Bréfritari: Benedikt Hálfdanarson
Dagsetning: A-1892-01-28
Skrifað á: Vesturheimi

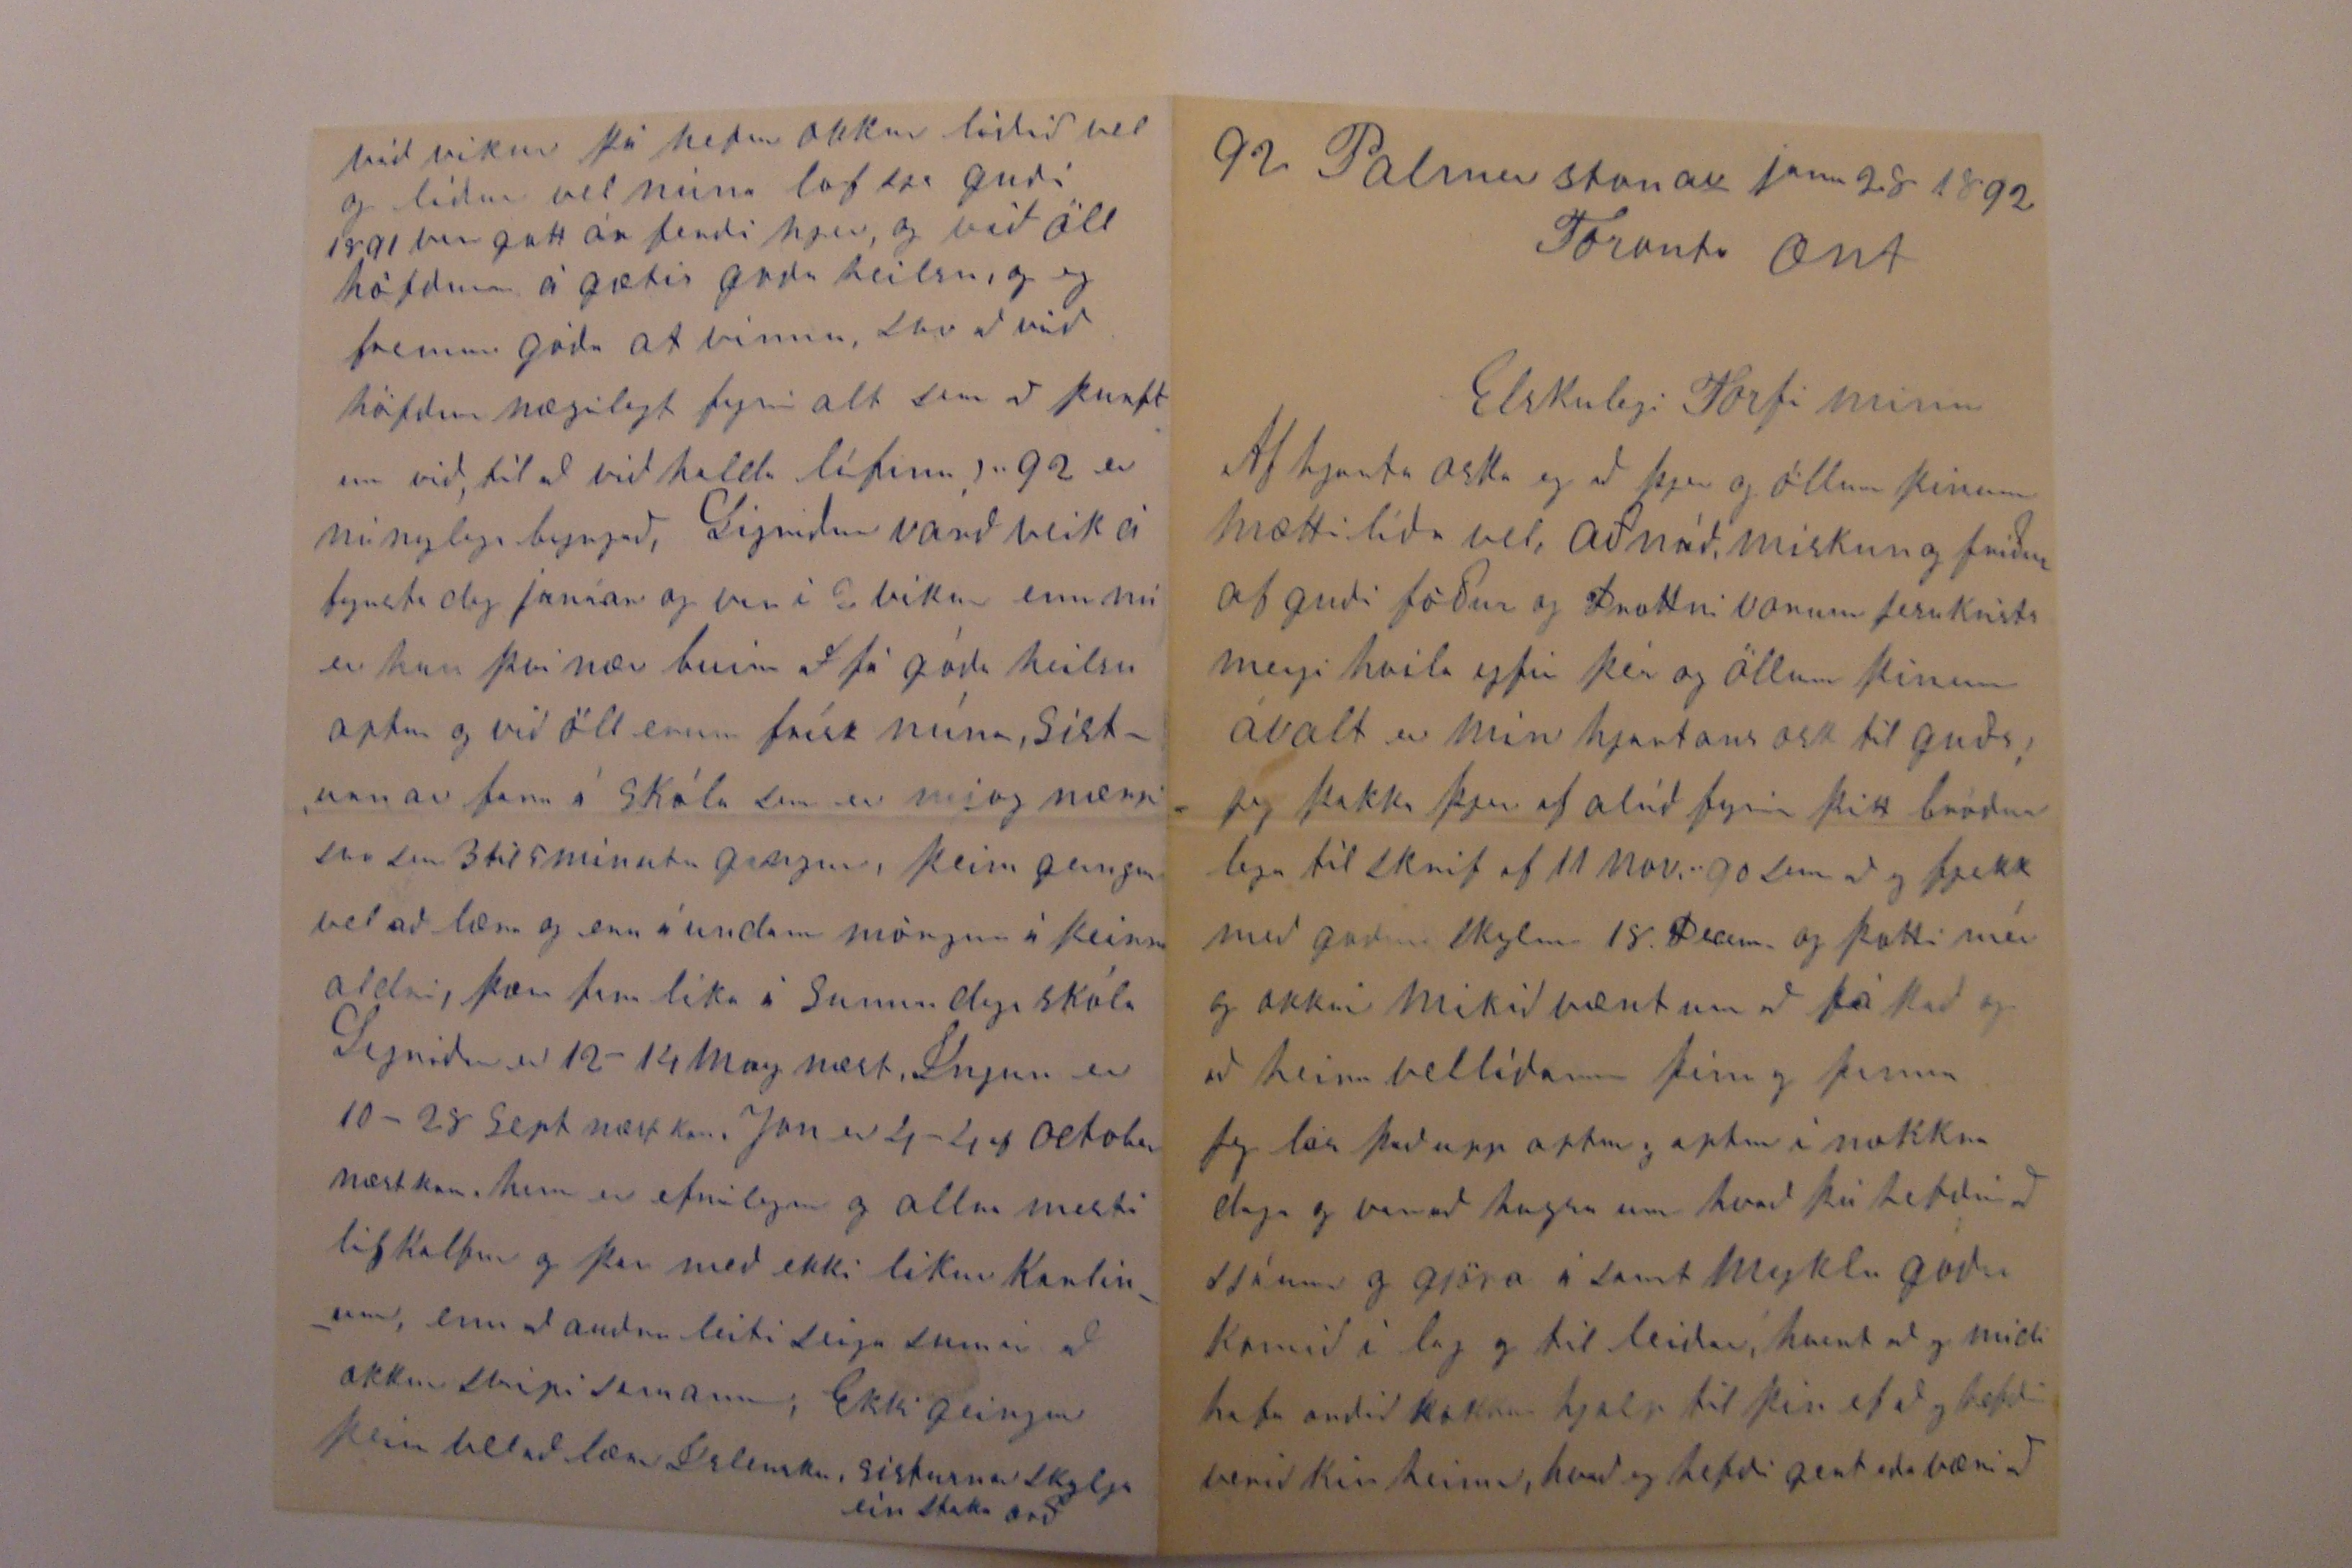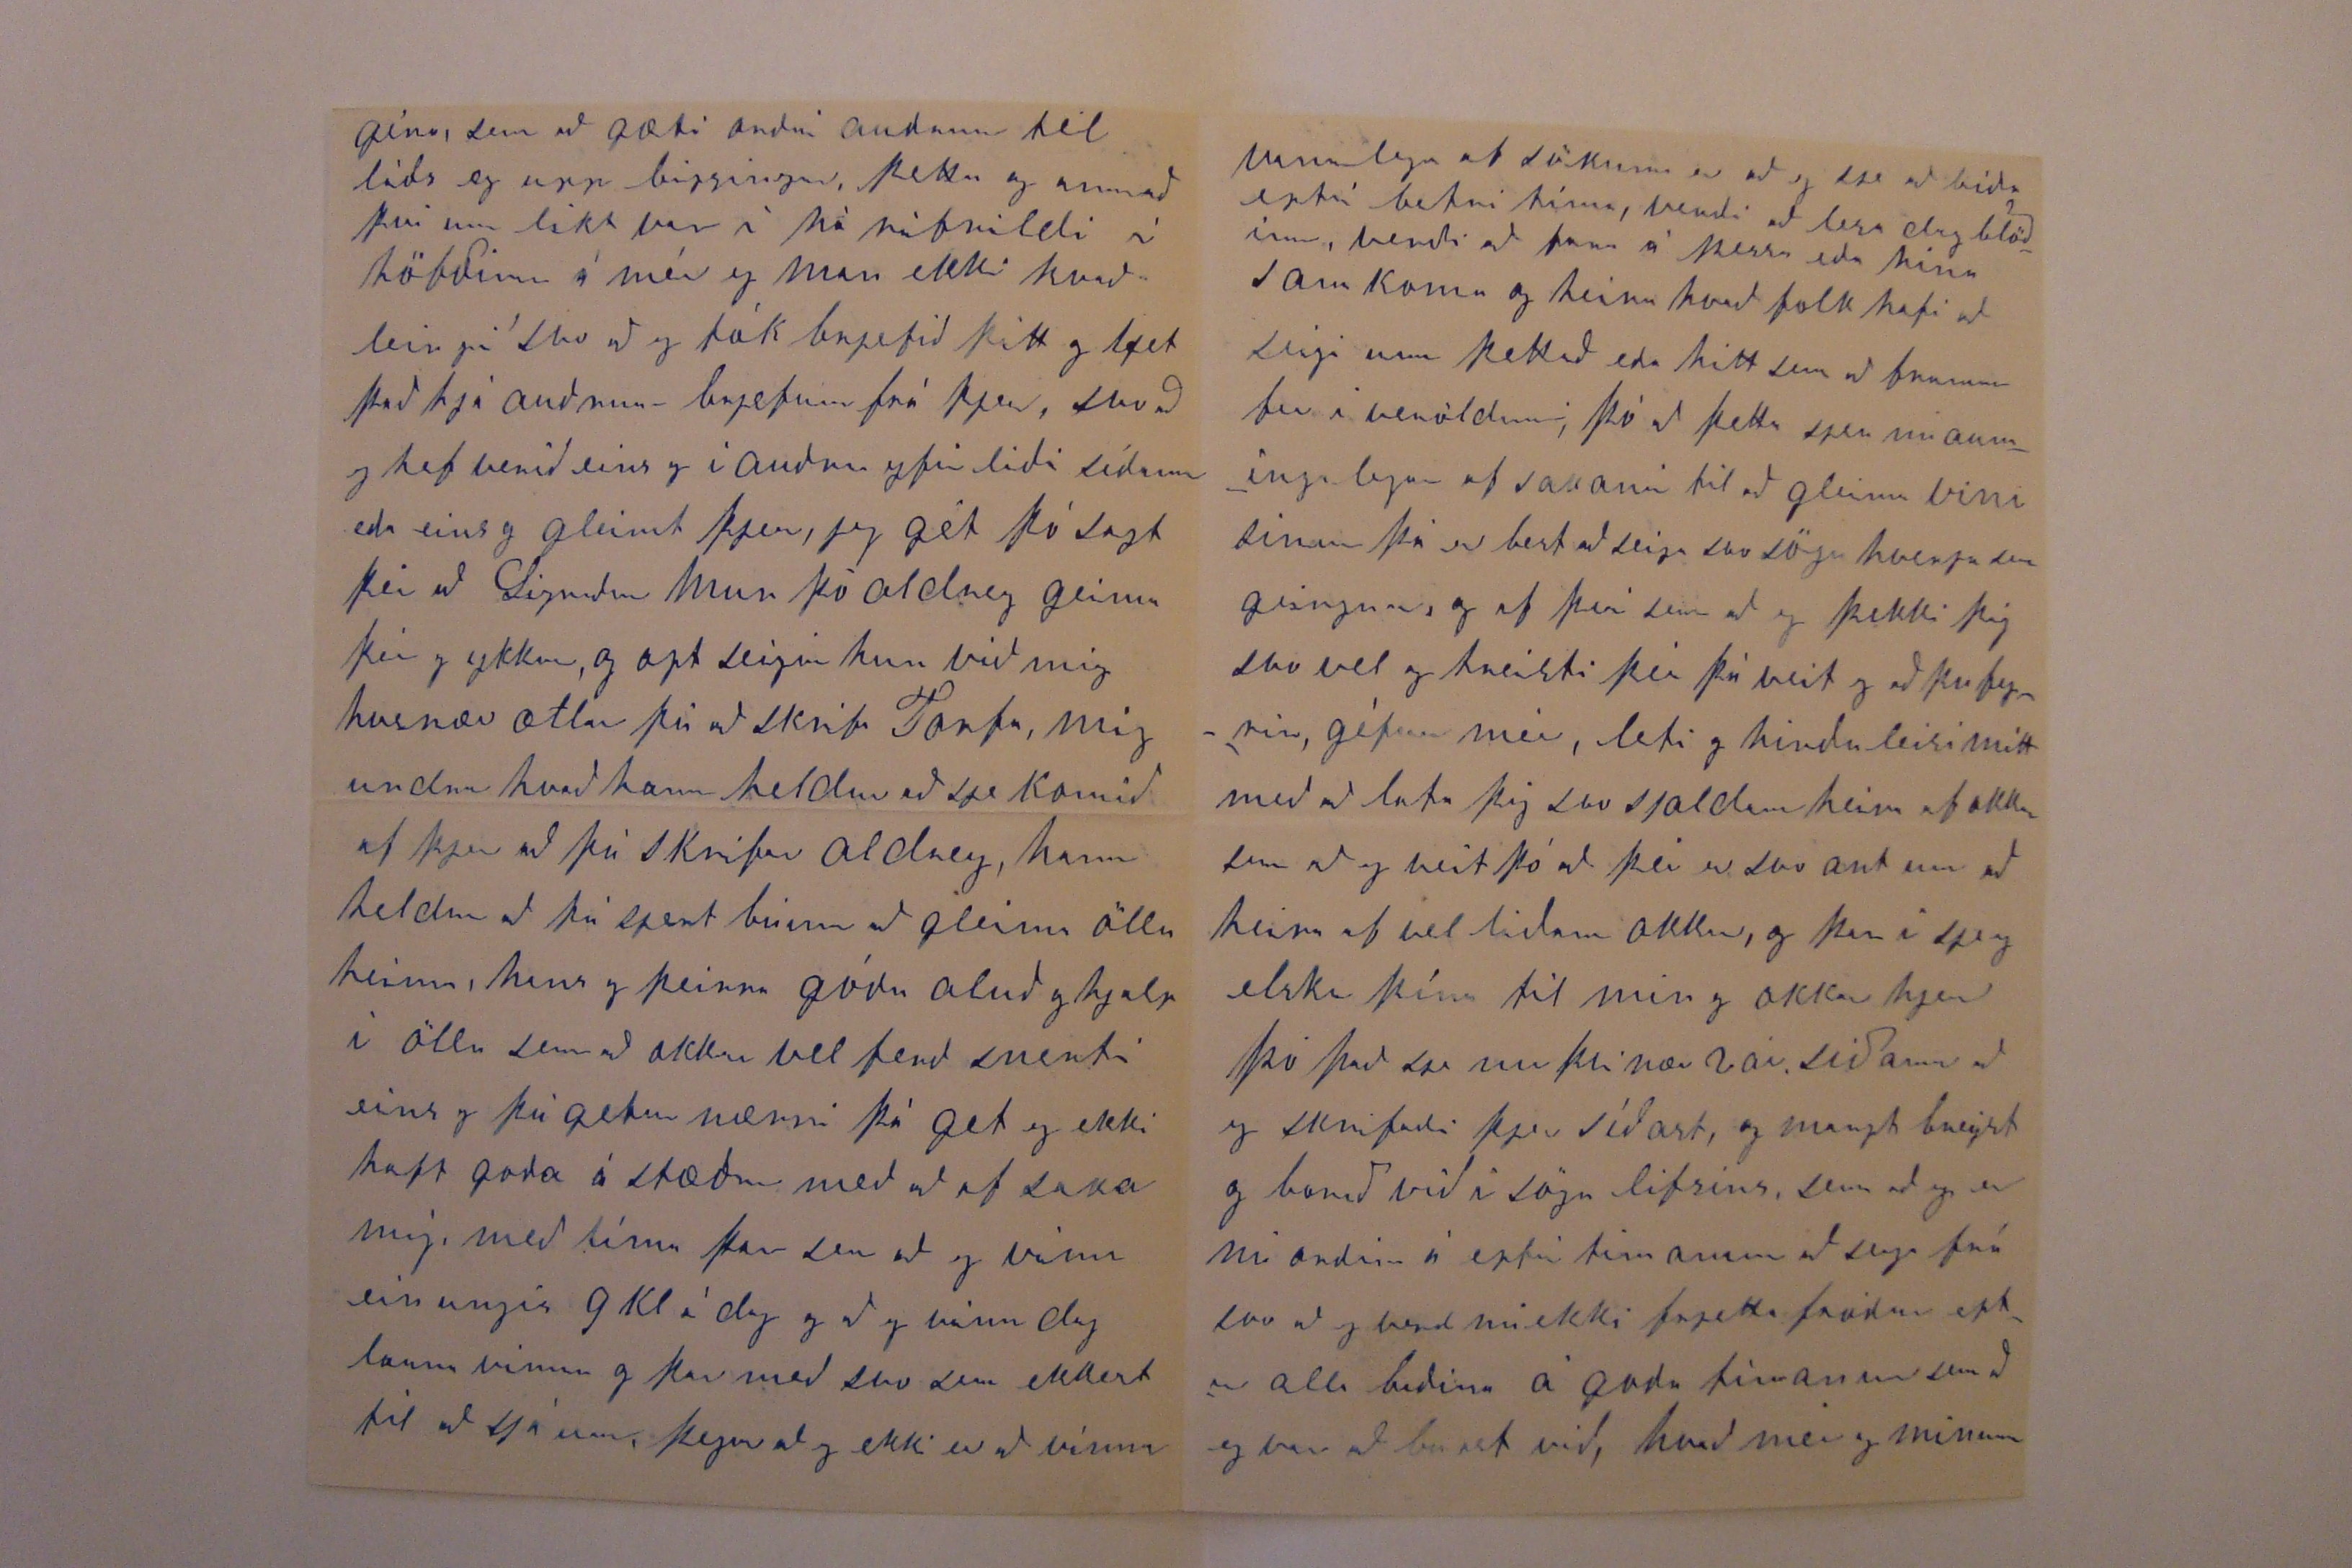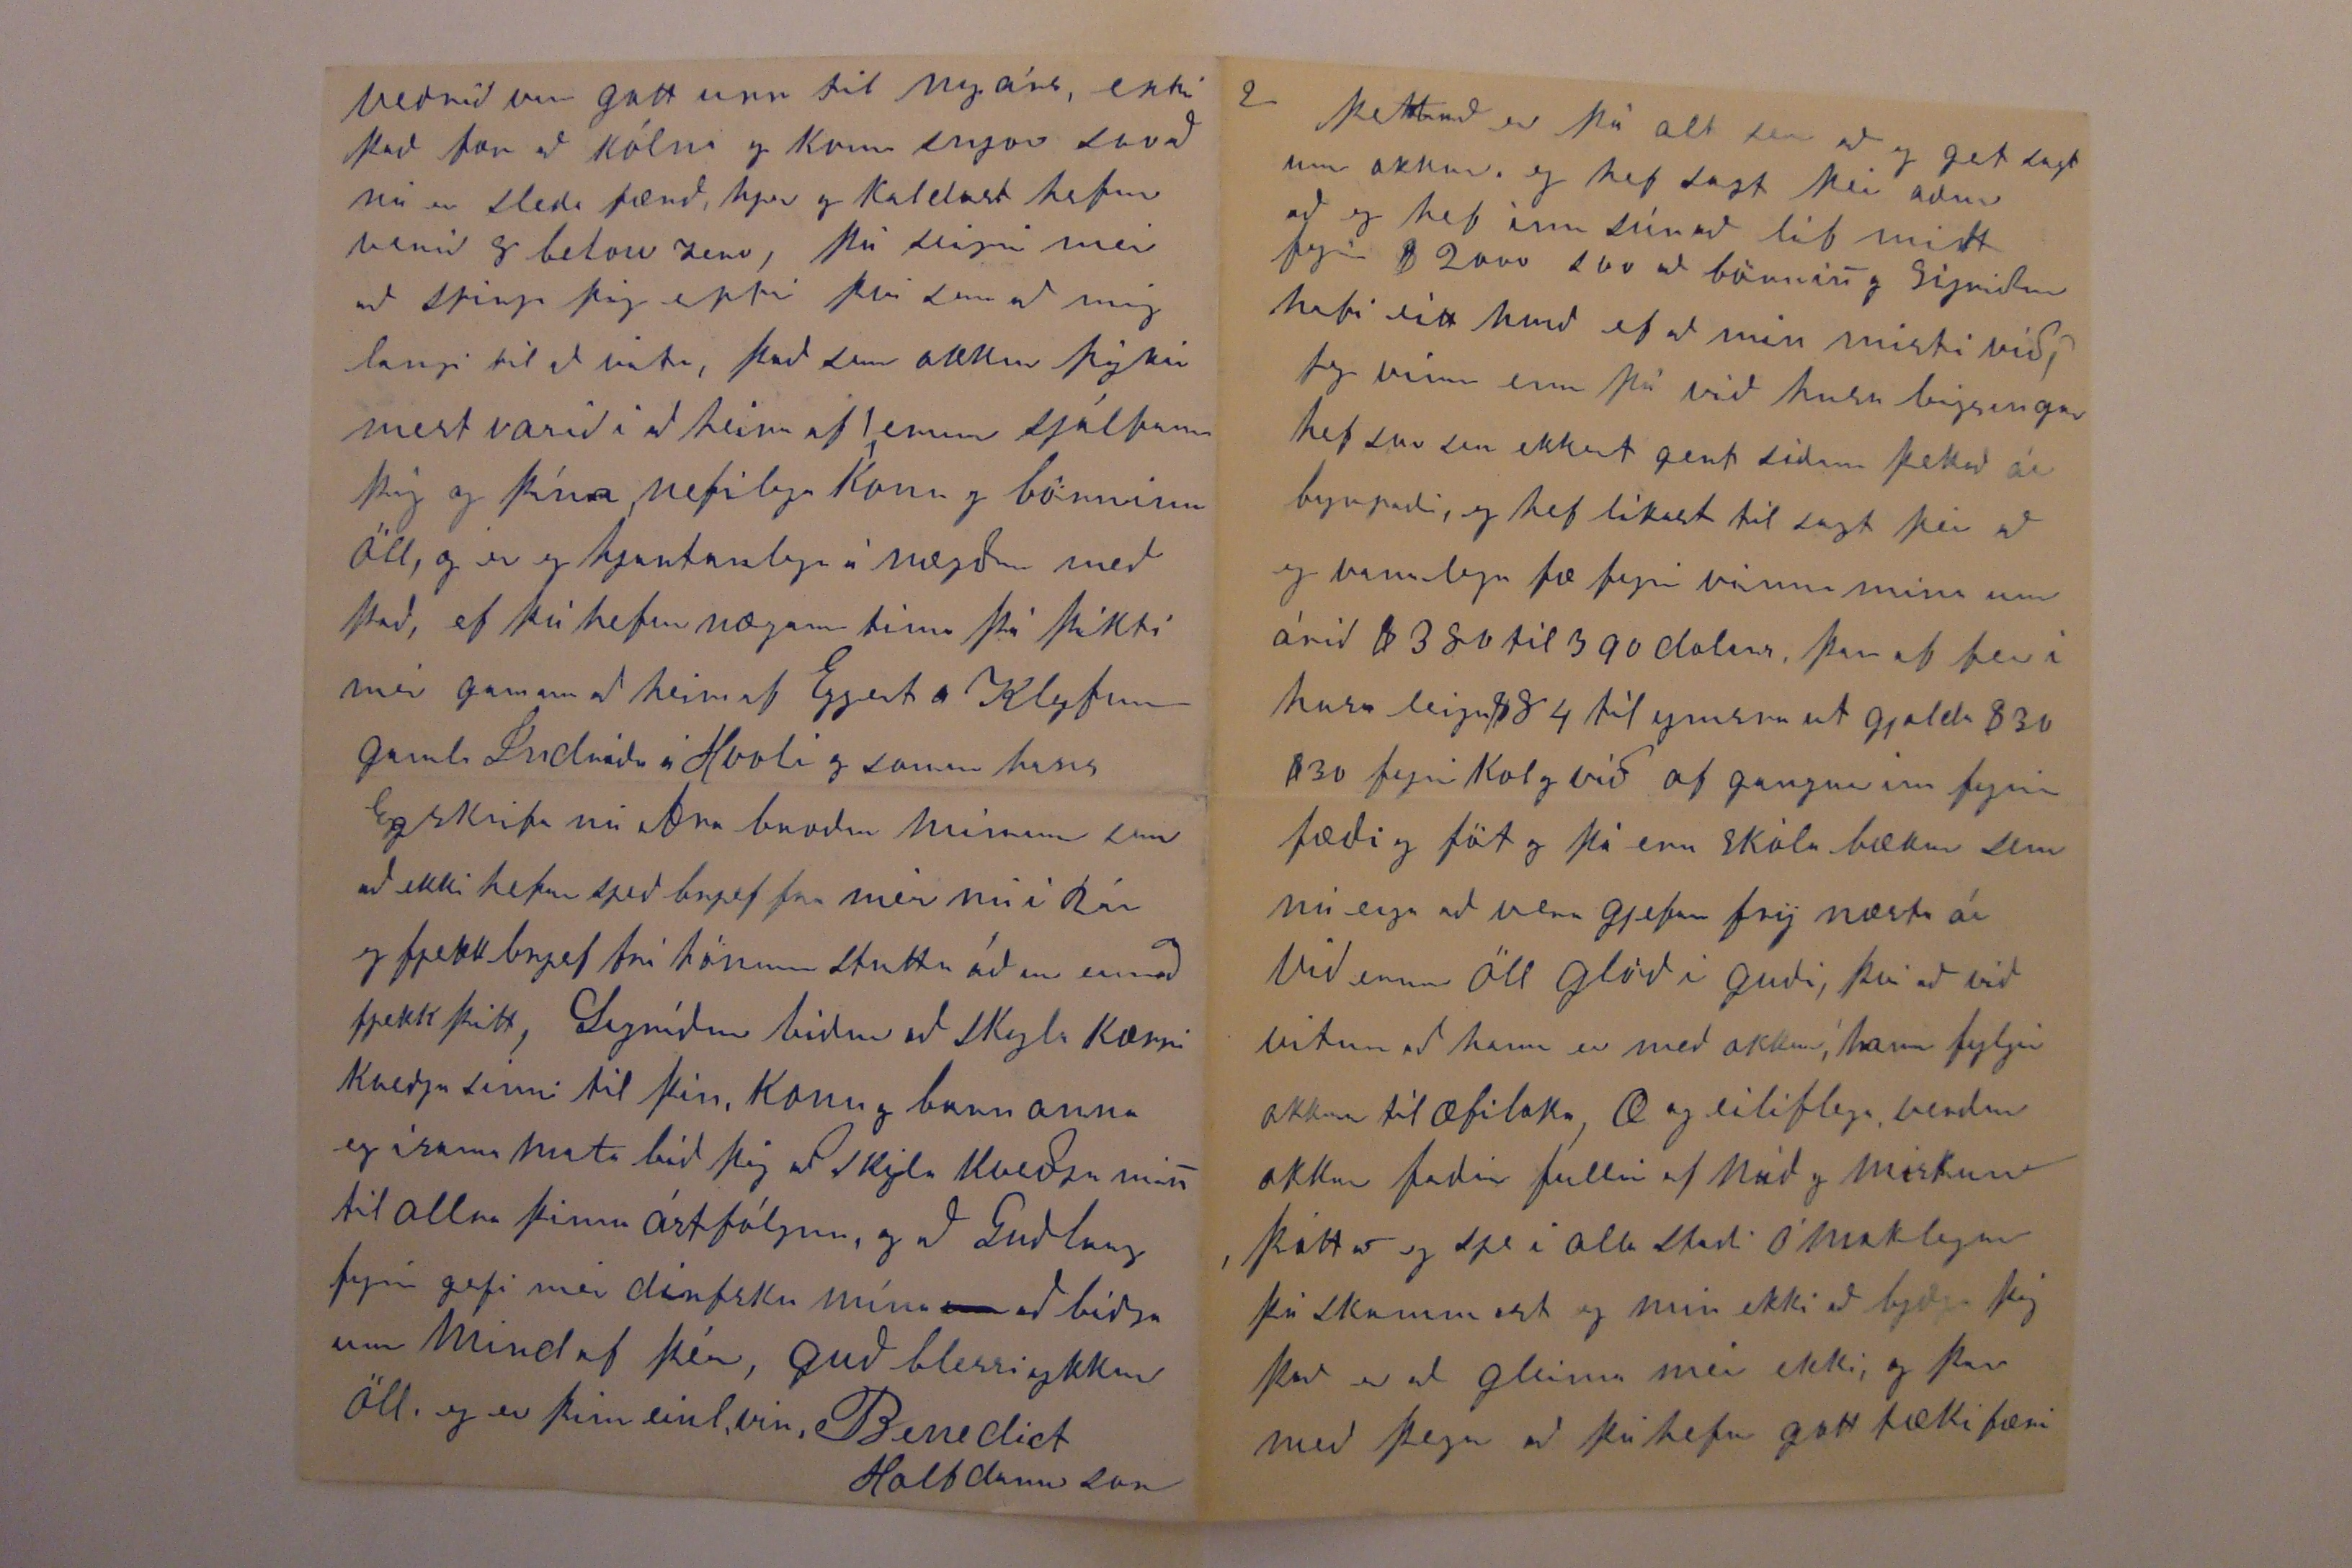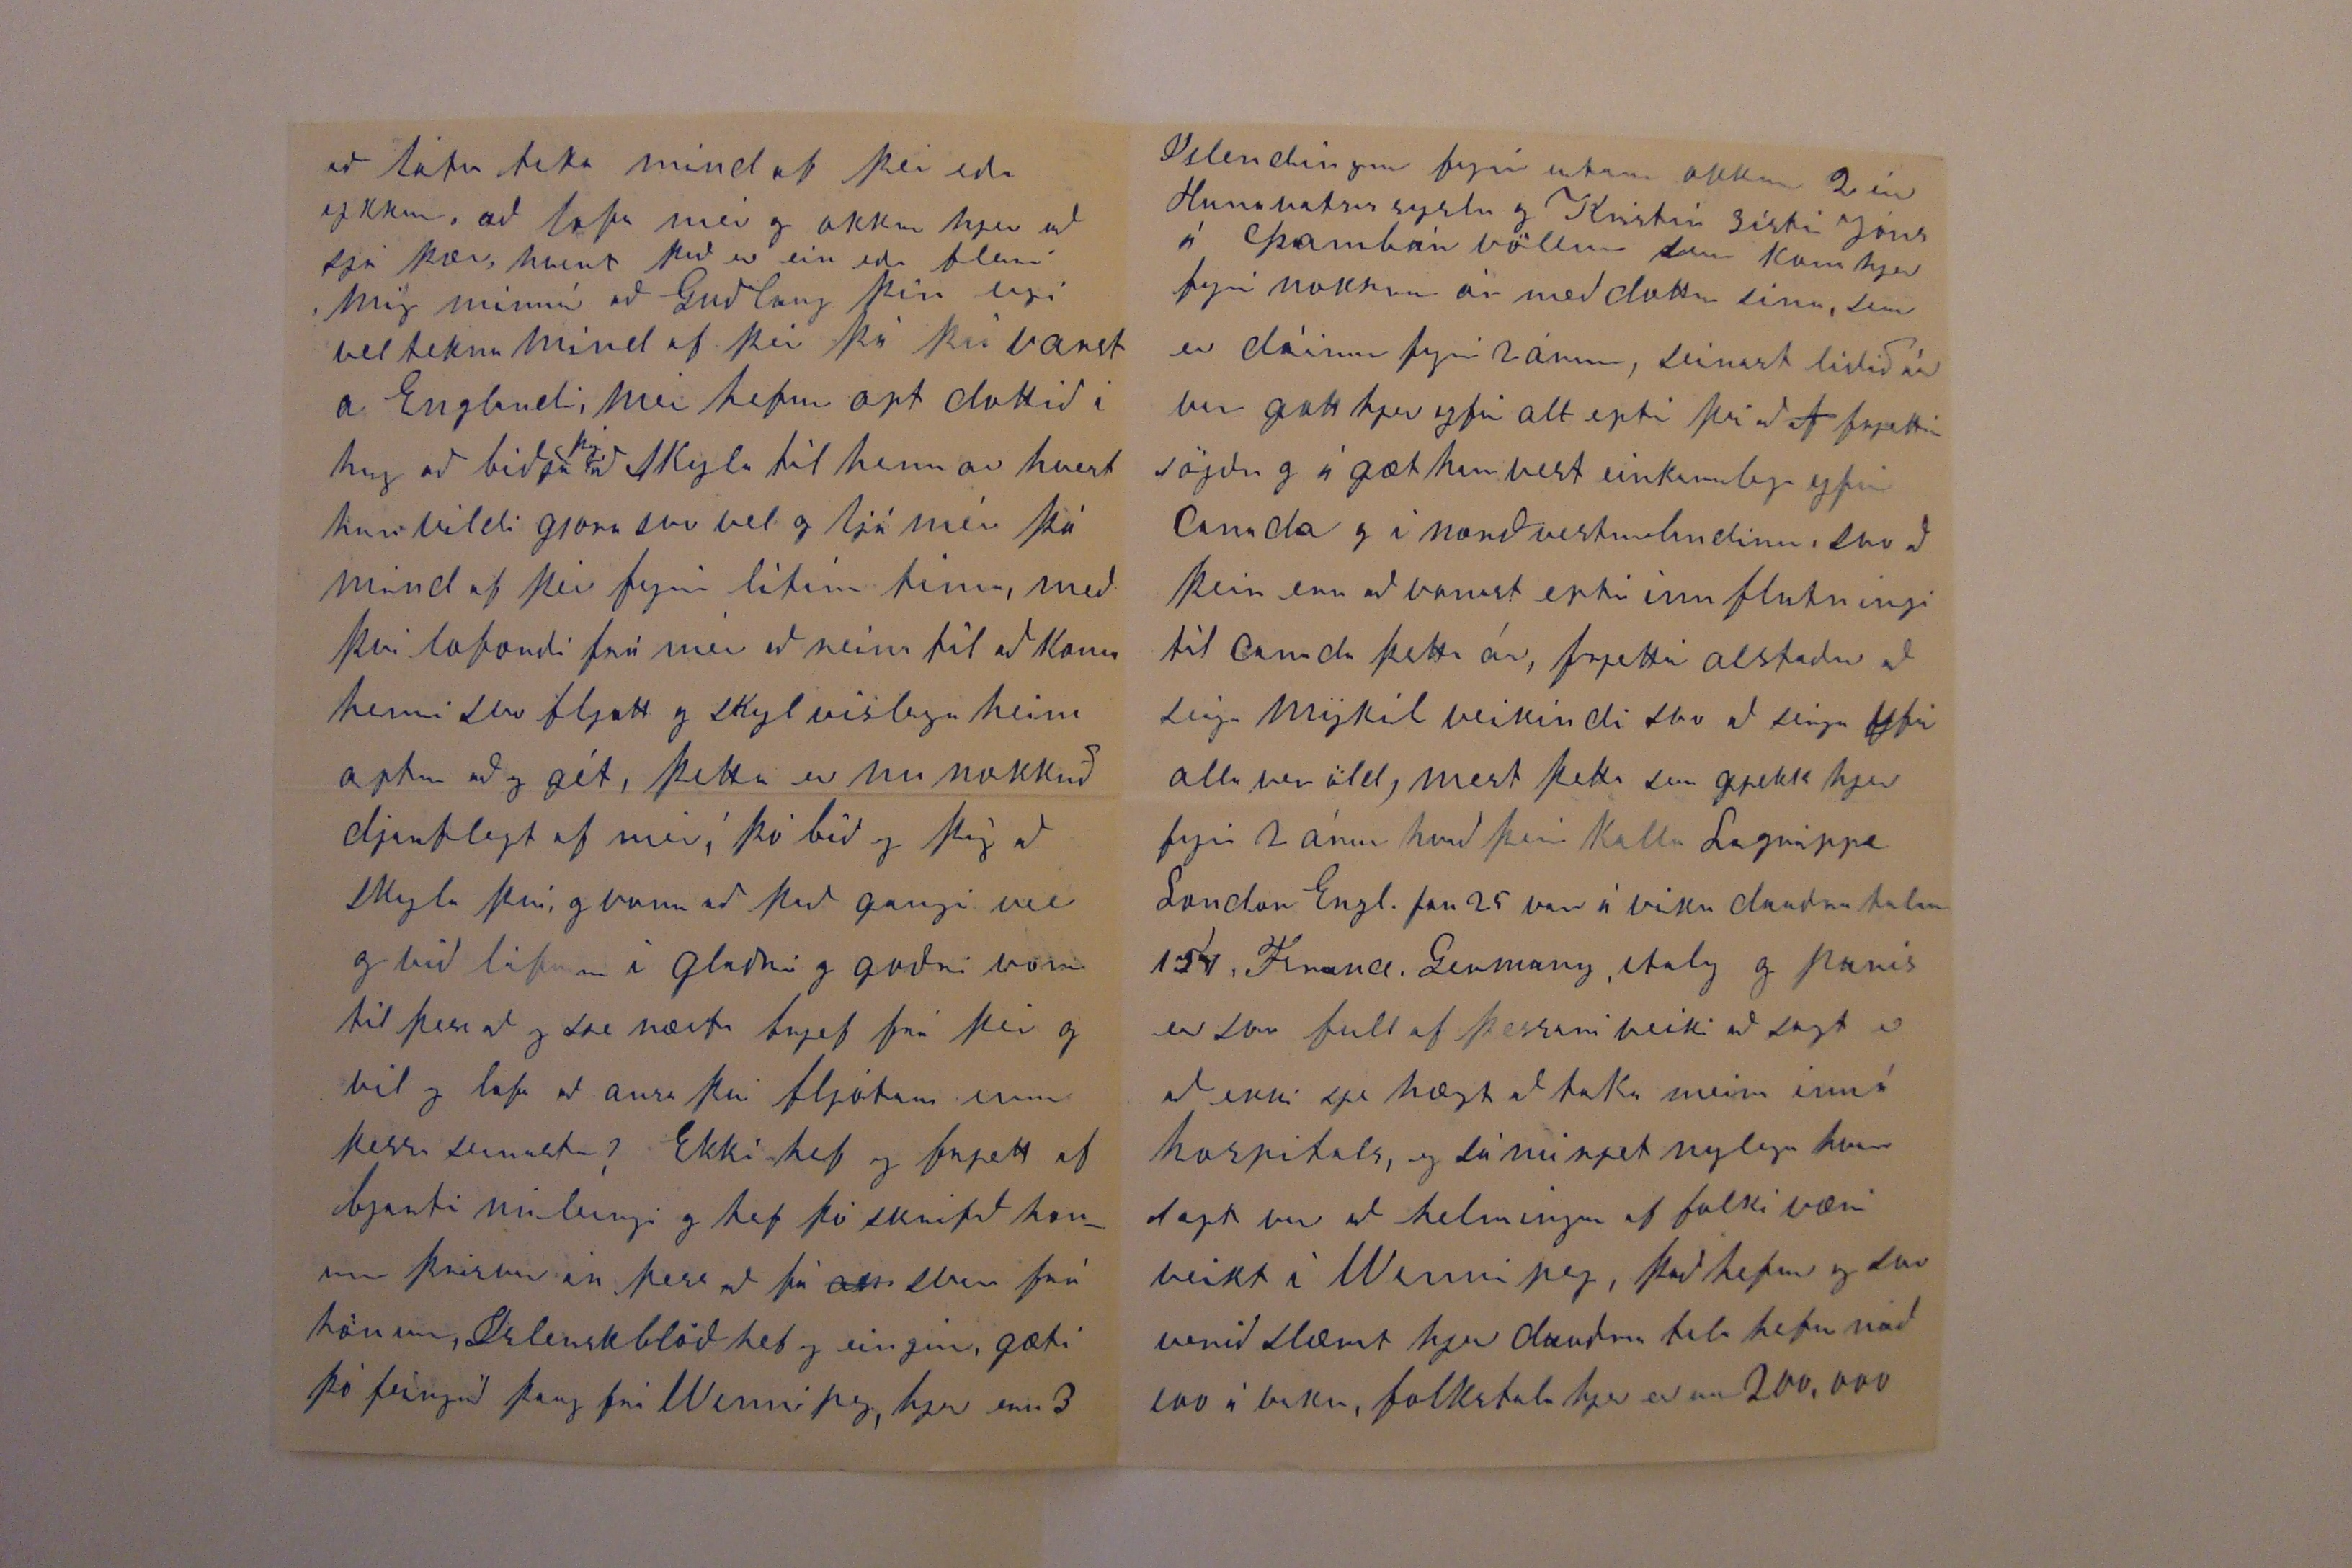

92 Palmer stone av jan 28 1892 Toronto Ont
Elskulegi Torfi minn
Af hjarta oska eg að þjer og öllum þínum mætti líða vel, að náð, miskun og friður af guði föður og Drottni vorum Jesu Krists meigi hvíla yfir þér og öllum þínum ávalt er mín hjartans osk til guðs, jeg þakka þjer af alúð fyrir þitt bróður lega tilskrif af 11 nov. 90 sem að eg fjekk með goðum skylum 18. Decem. og þotti mér og okkur mikið vænt um að fá það og að heira vellíðan þína og þinna Jeg les það upp aptur og aptur í nokkra daga og var að hugsa um hvað þú hefðir að sjá um og gjöra á samt myklu góðu komið í lag og til leiðar, hvert að eg
midi
hafa orðið nokkur hjalp til þín ef að eg hefði verið kir heima, hvað eg hefði gert eða væri að
géra, sem að gæti
orði
auðrum til liðs og upp biggingar, þetta og annað því um líkt var í há
rifrildi
í höfðinu á mér eg man ekki hvað leingi svo að eg tók brjefið þitt og ljet það hjá auðrum brjefum frá þjer, svo að eg hef verið eins og í auðru yfirliði síðan eða eins og gleimt þjer, jeg get þó sagt þér að Sigríður mun þó aldrey geima þér og ykkur, og opt seigir hun við mig hvenær ætlar þú að skrifa Torfa, mig undrar hvað hann heldur að sje komið af þjer þú skrifar aldrey, hann heldur að þú sjert buinn að gleima öllu heima, hans og þeirra góðu aluð og hjalp í öllu sem að okkar vel ferð snerti eins og þú getur nærri þá get eg ekki haft goða ástæðu með að af saka mig, mið hinu þar sem að eg vinn einungis 9 kl á dag og að eg vinn dag launa vinnu og þar með svo sem ekkert til að sjá um, þegar að eg ekki er að vinna
vanalega af sökunn er að eg sje að bíða eptir betri tíma, verði að lesa dagblöðinn, verði að fara á þessa eða hina samkomu og heira hvað folk hafi að seiga um þettað eða hitt sem að framm fer í veröldinni, þó að þetta sjeu nú aumingalegar af sakanir til að gleima vini sínum þá er best að seiga svo sögu hverja sem geingur, og af því sem að eg þekki þig svo vel og treisti þér þá veit eg að þu fyrir géfur mér, leti og hirðuleisi mitt með að lata þig svo sjaldan heira af okkur sem að eg veit þó að þér er svo ant um að heira af vel líðan okkar, og þar í sje eg elsku þína til mín og okkar hjer þó það sje nu því nær 2 ár síðann að eg skrifaði þjer síðast, og margt breist og borið við sögu lífsins, sem að eg er nú orðin á eptir tímanum að seiga frá svo að eg verð nú ekki frjetta fróður eptir alla biðina á goða tímanum sem að eg var að buast við, hvað meir og minna
við víkur þá hefur okkur liðið vel og líður vel núna lof sje guði 1891 var gott ár hjer og við öll höfðum á gætis goða heilsu, og eg fremur góða atvinnu, svo að við höfðum nægilegt fyrir alt sem að þurftum við, til að viðhalda lífinu, 92 er nílega birjað, Sigríður varð veik á fyrsta dag janúar og var í 2 vikur enn nú er hun því nær buin að fá góða heilsu aptur og við öll erum frísk núna, Sisturnar fara á Skóla sem er mjog nærri svo sem 3 til 5 minutu gangur, þeim geingur vel að læra og eru á undan mörgum á þeirra aldri, þær fara líka á Sunnudaga skóla Sigríður er 12 - 14 may næst Yngun er 10 - 28 Sept næst kom. Jon er 4 - 4 af october næst kom. hann er efnilegur og allur mesti lífkalfur og þar með ekki líkur Karlinum, enn að auðru leiti seiga sumir að okkur svipip samann, Ekki geingur þeim vel að læra Islensku, sisturnar skylja ein staka orð
þettað er þá alt sem að eg get sagt um okkur, eg hef sagt þér aður að eg hef inn súrað líf mitt fyrir $ 2000 svo að börnin og Sigríður hafi eitt hvað ef að ef að mín misti við, jeg vinn enn þá við husa biggingar hef svo sem ekkert gert síðann þettað ár byrjaði, eg hef líkast til sagt þér að eg vanalega fæ fyrir vinnu mína um árið $ 380 til 390 dolars, þar af fer í husa leigu $ 84 til ymsra utgjalda $ 30 $30 fyrir kol og við af gangurin fyrir fæði og föt og þá eru skóla bækur sem nú eiga að vera gjefnar frij næsta ár við erum öll glöð í guði, því að við vitum að hann er með okkur, hann fylgir okkur til æfiloka, æ og eilíflega, verður okkar faðir fullur af náð og miskun þótt að eg sje í alla staði ómaklegur þá skammast eg mín ekki að 0000 þig það er að gleima mér ekki, og þar með þegar að þú hefur gott tækifæri
að láta taka mind af þér eða ykkur, að lofa mér og okkur hjer að sjá þær, hvert það er ein eða fleiri mig minnir að Guðlaug þín eigi vel tekna mind af þér þá þú varst a Englandi mér hefur opt dottið í hug að biðja
þig
að skyla til hennar hvert hun vildi gjora svo vel og ljá mér þá mind af þér fyrir lítinn tíma, með því loforði frá mér að reina til að koma henni svo fljott og skylvíslega heim aptur að eg gét, þetta er nu nokkuð djarflegt af mér, þó bið eg þig að skyla því og vona að það gangi vel og við lifum í glaðri og goðri von til þess að sja næsta brjef frá þér og vil eg lofa að ansa því fljótara enn þessu seinasta, Ekki hef eg frjett af bjarti nú lengi og hef þó skrifað honum þrisvar án þess að fá
an
svar frá hönum, Islensk blöð hef eg eingin gæti þó feingið þaug frá Winnipeg, hjer eru 3
Islendingar fyrir utan okkur 2 úr Hunvatnssyslu og Kristín sistir Jóns á
Þambár
völlum sem kom hjer fyrir nokkur ár með dottur sinni, sem er dáinn fyrir 2 árum, seinast liðið ár var gott hjer yfir alt eptir því að
0
frjettir sögðu og ágæt
harvest
einkanlega yfir Canada og í norðvestur landinu, svo að þeir eru að vonast eptir innflutningi til Canada þetta ár, frjettir alstaðar að seiga mykil veikindi svo að seiga yfir alla veröld, mest þetta sem gjekk hjer fyrir 2 árum hvað þeir kalla Lagrippe London Engl. jan 25 var á viku dauðra talan 150, France, Germany, Italy og Paris er svo full af þessari veiki að sagt er að ekki sje hægt að taka meira inn á hospitals, eg sá nú rjet nýlega hvar sagt var að helmingur af folki væri veikt í Winnipeg, það hefur og svo verið slæmt hjer dauðra tala hefur náð 100 á viku, folkstala hjer er um 200.000
veðrið var gott
enn
til nyárs, eptir það for að kólna og kom snjor svo að nú er sleða færð, hjer og kaldast hefur verið 8 below zero, þú seigir mér að spirja þig eptir því sem að mig langi til að vita, það sem okkur þykir mest varið í að heira af kemur sjálfann þig og þína nefilega konu og börninn öll, er eg hjartanlega ánægður með það, ef þú hefur nægan tíma þá þikti mer gaman að heira af Eggert a Klyfum gamla Indriða á Hvoli og sonum hans
Eg skrifa nú Ara broður mínum sem að ekki hefur sjeð brjef fra mér nú í 2 ár eg fjekk brjef frá hönum stuttu áður enn að fjekk þitt, Sigríður biður að skyla kærri kveðju sinni til þín, konu og barnanna eg í sama mata bið þig að skyla kveðju min til allra þinna ástfólgna, og að Guðlaug fyrir gefi mér dirfsku mína
00
að biðja um mind af þér, guð blessi ykkur öll, eg er þinn einl. vin Benedict Halfdanarson